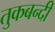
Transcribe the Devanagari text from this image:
तुकबन्दी